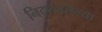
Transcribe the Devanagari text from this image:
निदर्शवलेल्या